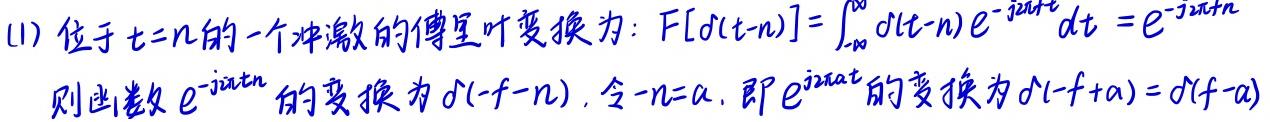
(1) 位于$t = n$的一个冲激的傅里叶变换为：$F[\delta(t - n)]=\int_{-\infty}^{\infty}\delta(t - n)e^{-j2\pi ft}dt = e^{-j2\pi fn}$

则函数$e^{-j2\pi fn}$的变换为$\delta(-f - n)$，令$-n = a$，即$e^{j2\pi at}$的变换为$\delta(-f + a)=\delta(f - a)$